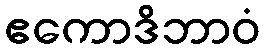
ဧကောဒိဘာဝံ